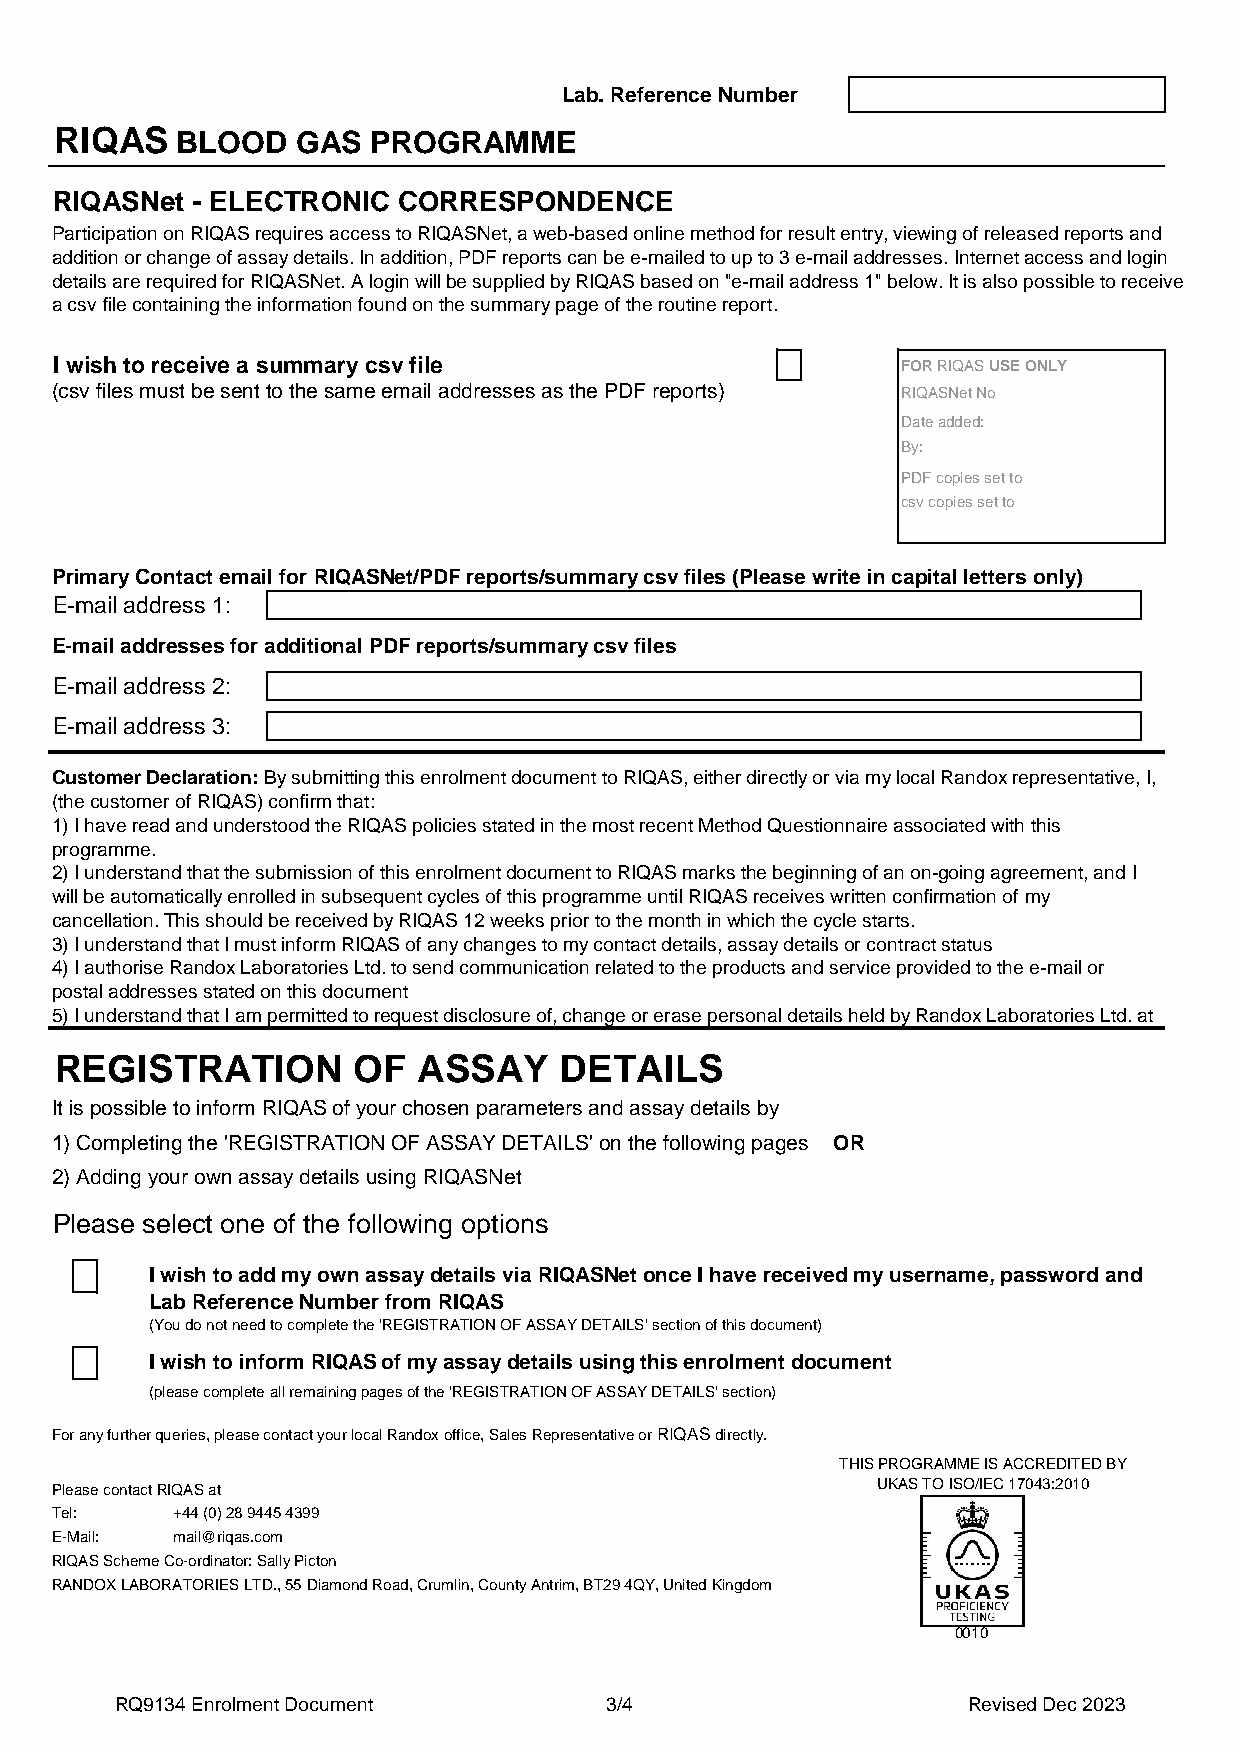
Lab. Reference Number
 RIQAS   BLOOD   GAS  PROGRAMME
 RIQASNet - ELECTRONIC CORRESPONDENCE
 Participation on RIQAS requires access to RIQASNet, a web-based online method for result entry, viewing of released reports and
 addition or change of assay details. In addition, PDF reports can be e-mailed to up to 3 e-mail addresses. Internet access and login
 details are required for RIQASNet. A login will be supplied by RIQAS based on "e-mail address 1" below. It is also possible to receive
 a csv file containing the information found on the summary page of the routine report.
 I wish to receive a summary csv file                     FOR RIQAS USE ONLY
 (csv files must be sent to the same email addresses as the PDF reports) RIQASNet No
 Date added:
 By:
 PDF copies set to
 csv copies set to
 Primary Contact email for RIQASNet/PDF reports/summary csv files (Please write in capital letters only)
 E-mail address 1:
 E-mail addresses for additional PDF reports/summary csv files
 E-mail address 2:
 E-mail address 3:
 Customer Declaration: By submitting this enrolment document to RIQAS, either directly or via my local Randox representative, I,
 (the customer of RIQAS) confirm that:
 1) I have read and understood the RIQAS policies stated in the most recent Method Questionnaire associated with this
 programme.
 2) I understand that the submission of this enrolment document to RIQAS marks the beginning of an on-going agreement, and I
 will be automatically enrolled in subsequent cycles of this programme until RIQAS receives written confirmation of my
 cancellation. This should be received by RIQAS 12 weeks prior to the month in which the cycle starts.
 3) I understand that I must inform RIQAS of any changes to my contact details, assay details or contract status
 4) I authorise Randox Laboratories Ltd. to send communication related to the products and service provided to the e-mail or
 postal addresses stated on this document
 5) I understand that I am permitted to request disclosure of, change or erase personal details held by Randox Laboratories Ltd. at
 REGISTRATION       OF   ASSAY    DETAILS
 It is possible to inform RIQAS of your chosen parameters and assay details by
 1) Completing the 'REGISTRATION OF ASSAY DETAILS' on the following pages OR
 2) Adding your own assay details using RIQASNet
 Please select one of the following options
 I wish to add my own assay details via RIQASNet once I have received my username, password and
 Lab Reference Number from RIQAS
 (You do not need to complete the 'REGISTRATION OF ASSAY DETAILS' section of this document)
 I wish to inform RIQAS of my assay details using this enrolment document
 (please complete all remaining pages of the 'REGISTRATION OF ASSAY DETAILS' section)
 For any further queries, please contact your local Randox office, Sales Representative or RIQAS directly.
 THIS PROGRAMME IS ACCREDITED BY
 Please contact RIQAS at                                UKAS TO ISO/IEC 17043:2010
 Tel:    +44 (0) 28 9445 4399
 E-Mail: mail@riqas.com
 RIQAS Scheme Co-ordinator: Sally Picton
 RANDOX LABORATORIES LTD., 55 Diamond Road, Crumlin, County Antrim, BT29 4QY, United Kingdom
 0010
 RQ9134 Enrolment Document       3/4                     Revised Dec 2023